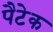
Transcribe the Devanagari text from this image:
पैटेक